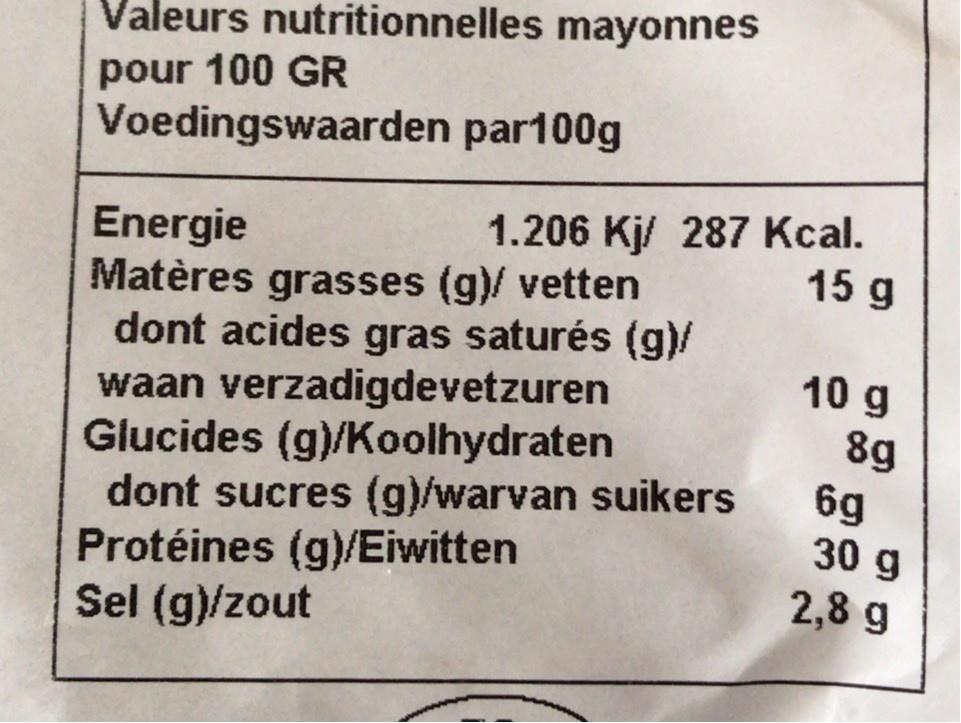
Valeurs nutritionnelles mayonnes
pour 100 GR Voedingswaarden par100g
1.206 Kj/ 287 Kcal. 15 g
Energie Matères grasses (g)/ vetten dont acides gras saturés (g)/ waan verzadigdevetzuren Glucides (g)/Koolhydraten dont sucres (g)/warvan suikers Protéines (g)/Eiwitten Sel (g)/zout
10 g
8g 6g 30 g
2,8 g